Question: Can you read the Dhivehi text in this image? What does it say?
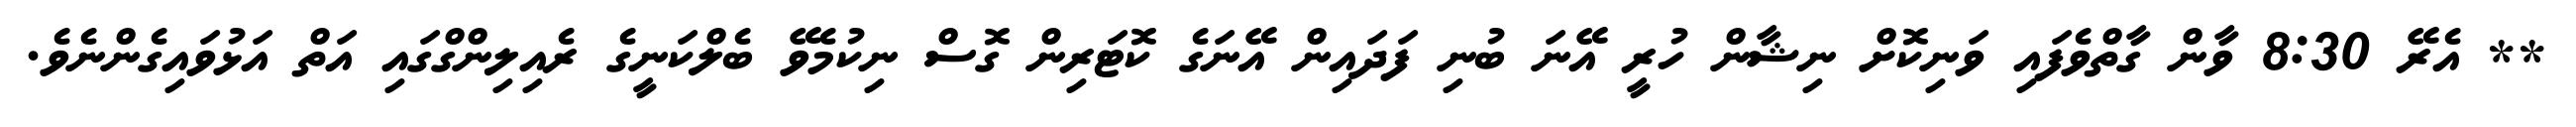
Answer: ** އެރޭ 8:30 ވާން ގާތްވެފައި ވަނިކޮށް ނިޝާން ހުރީ އޭނަ ބުނި ފަދައިން އޭނަގެ ކޮޓަރިން ގޮސް ނިކުމެވޭ ބެލްކަނީގެ ރެއިލިންގްގައި އަތް އަޅުވައިގެންނެވެ.